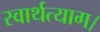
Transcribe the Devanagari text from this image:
स्वार्थत्याग।